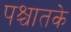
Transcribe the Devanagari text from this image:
पश्चातके